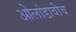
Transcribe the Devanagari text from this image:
ओलांडावीच